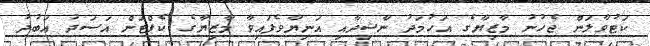
ކަޓުވާލަން ޖެހުނު މާޒިޔާގެ އަހުމަދު ނާޝިދާއި އަނިޔާވެފައިވާ މާޒިޔާގެ ކެޕްޓަން އަސަދު އަބުދު